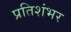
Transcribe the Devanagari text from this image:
प्रतिशंभर